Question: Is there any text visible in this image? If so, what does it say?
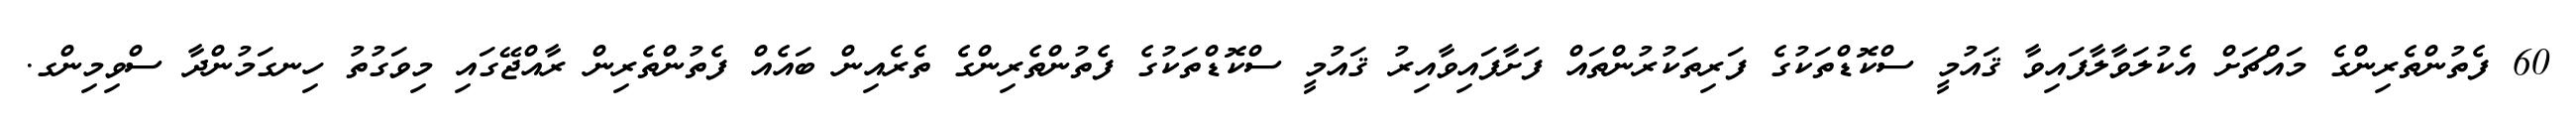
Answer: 60 ފެތުންތެރިންގެ މައްޗަށް އެކުލަވާލާފައިވާ ޤައުމީ ސްކޮޑްތަކުގެ ފަރިތަކުރުންތައް ފަށާފައިވާއިރު ޤައުމީ ސްކޮޑްތަކުގެ ފެތުންތެރިންގެ ތެރެއިން ބައެއް ފެތުންތެރިން ރާއްޖޭގައި މިވަގުތު ހިނގަމުންދާ ސްވިމިންގ.